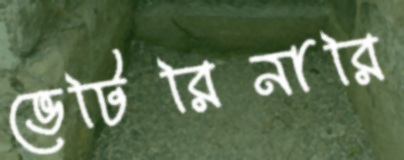
ভেটিরিনারি